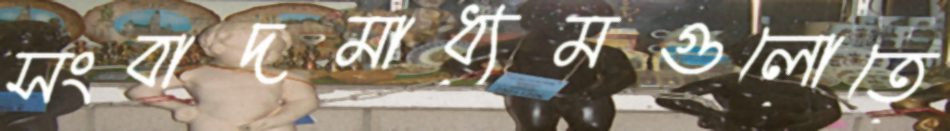
সংবাদমাধ্যমগুলোতে